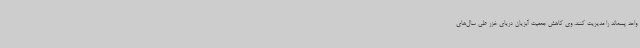
واحد پسماند را مدیریت کنند. وی کاهش جمعیت آبزیان دریای خزر طی سال‌های